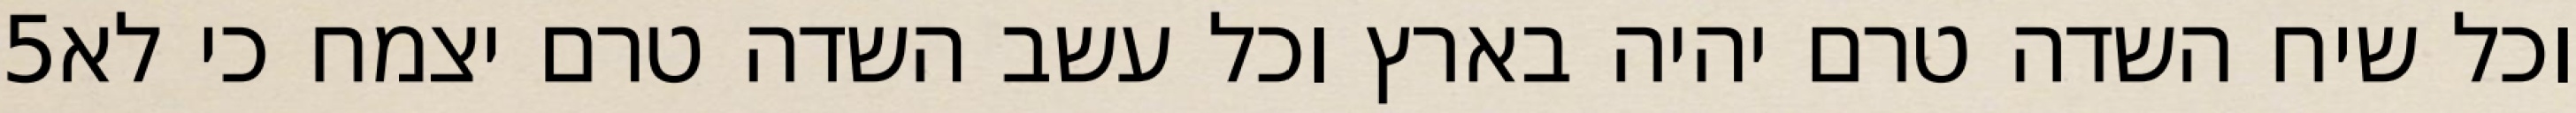
‎5‏ וכל שיח השדה טרם יהיה בארץ וכל עשב השדה טרם יצמח כי לא